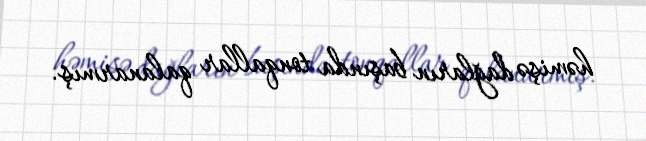
həmişə dağların başında tonqallar qalanarmış.